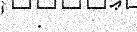
: